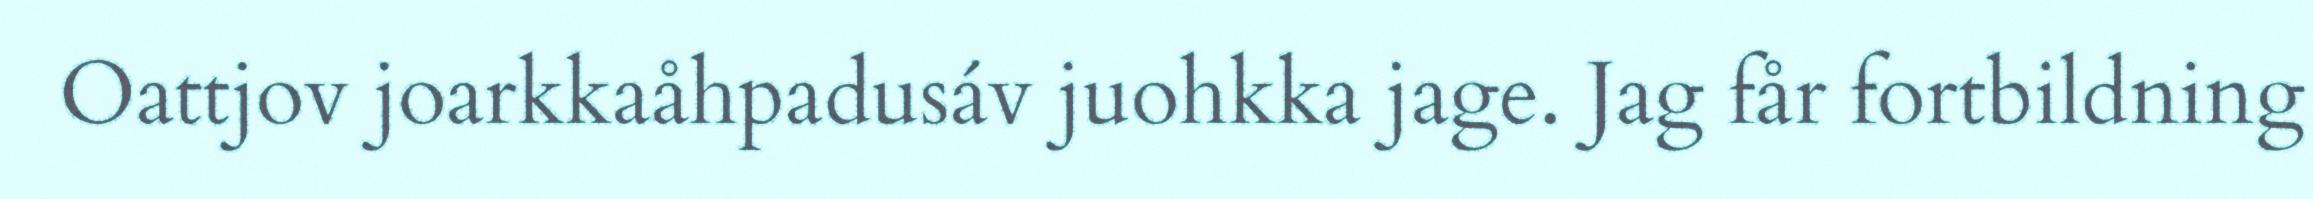
Oattjov joarkkaåhpadusáv juohkka jage. Jag får fortbildning